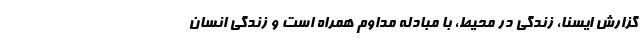
گزارش ایسنا، زندگی در محیط، با مبادله مداوم همراه است و زندگی انسان